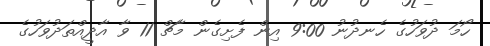
ހޯމަ ދުވަހުގެ ހެނދުނު 9:00 އިން ފެށިގެން މާޗް 11 ވާ އާދީއްތަދުވަހުގެ